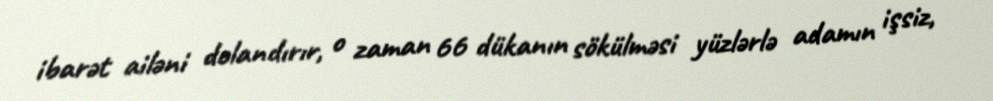
ibarət ailəni dolandırır, o zaman 66 dükanın sökülməsi yüzlərlə adamın işsiz,